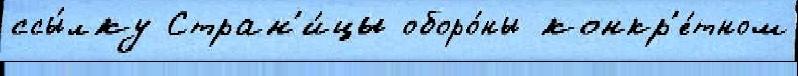
ссы́лку Стран'и́цы оборо́ны конкр'е́тном